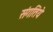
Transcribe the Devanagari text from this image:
संगतिये